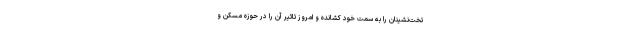
تخت‌نشینان را به سمت خود کشانده و امروز تاثیر آن را در حوزه مسکن و